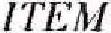
ITEM